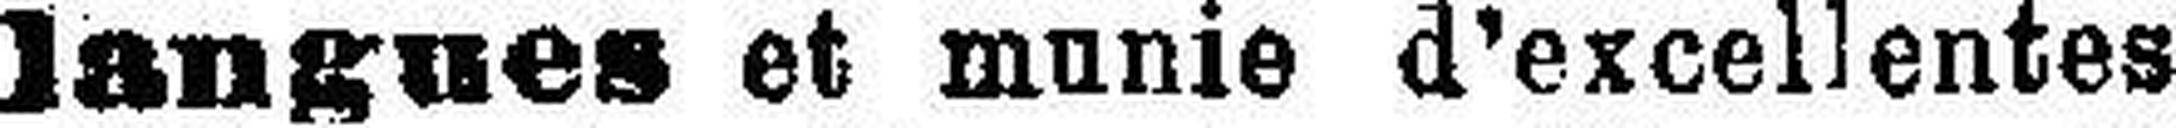
langues et munie d’excellentes